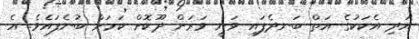
އަދި އެކަކުގެ އަތް ބަނދެފައި ވަނީ ވަރަށް ދޫކޮށް ކަމަށް ބުނެފައެވެ. އެ